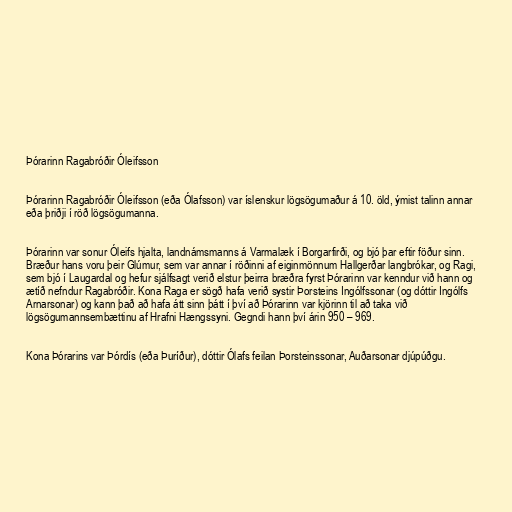
Þórarinn Ragabróðir Óleifsson

Þórarinn Ragabróðir Óleifsson (eða Ólafsson) var íslenskur lögsögumaður á 10. öld, ýmist talinn annar
eða þriðji í röð lögsögumanna.

Þórarinn var sonur Óleifs hjalta, landnámsmanns á Varmalæk í Borgarfirði, og bjó þar eftir föður sinn.
Bræður hans voru þeir Glúmur, sem var annar í röðinni af eiginmönnum Hallgerðar langbrókar, og Ragi,
sem bjó í Laugardal og hefur sjálfsagt verið elstur þeirra bræðra fyrst Þórarinn var kenndur við hann og
ætíð nefndur Ragabróðir. Kona Raga er sögð hafa verið systir Þorsteins Ingólfssonar (og dóttir Ingólfs
Arnarsonar) og kann það að hafa átt sinn þátt í því að Þórarinn var kjörinn til að taka við
lögsögumannsembættinu af Hrafni Hængssyni. Gegndi hann því árin 950 – 969.

Kona Þórarins var Þórdís (eða Þuríður), dóttir Ólafs feilan Þorsteinssonar, Auðarsonar djúpúðgu.